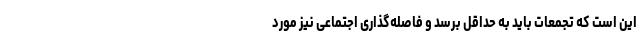
این است که تجمعات باید به حداقل برسد و فاصله‌گذاری اجتماعی نیز مورد